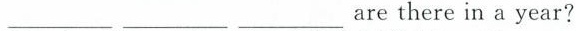
___ ___ ___ are there in a year?